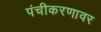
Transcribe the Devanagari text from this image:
पंचीकरणावर